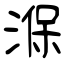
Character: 湺